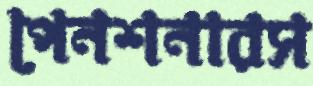
পেনশনারস